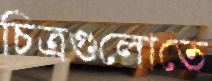
চিত্রগুলোতে